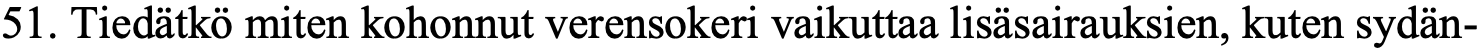
51. Tiedätkö miten kohonnut verensokeri vaikuttaa lisäsairauksien, kuten sydän-